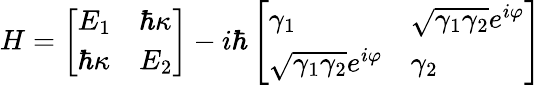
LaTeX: H=\left[\begin{array}{ll}{E_{1}}&{\hbar\kappa}\\ {\hbar\kappa}&{E_{2}}\end{array}\right]-i\hbar\left[\begin{array}{ll}{\gamma_{1}}&{\sqrt{\gamma_{1}\gamma_{2}}e^{i\varphi}}\\ {\sqrt{\gamma_{1}\gamma_{2}}e^{i\varphi}}&{\gamma_{2}}\end{array}\right]